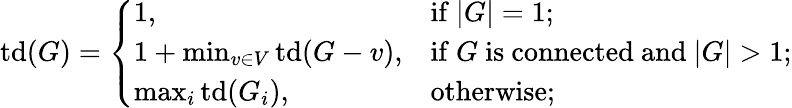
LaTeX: \operatorname{td}(G)={\left\{ \begin{array}{ll}{1,}&{{\mathrm{if~}}|G|=1;}\\ {1+\operatorname*{min}_{v\in V}\operatorname{td}(G-v),}&{{\mathrm{if~}}G{\mathrm{~is~connected~and~}}|G|>1;}\\ {\operatorname*{max}_{i}\mathrm{{td}}(G_{i}),}&{{\mathrm{otherwise}};}\end{array}\right.}